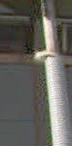
|